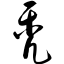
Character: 秃